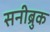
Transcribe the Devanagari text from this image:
सनीब्रुक